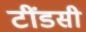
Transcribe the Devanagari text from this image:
टींडसी